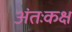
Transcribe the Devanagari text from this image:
अंतःकक्ष